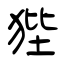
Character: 狴